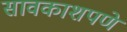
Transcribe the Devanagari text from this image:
सावकाशपणे